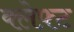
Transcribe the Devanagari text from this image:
क्लेफ़्ट